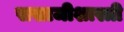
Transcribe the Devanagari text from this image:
सखाजीशास्त्री